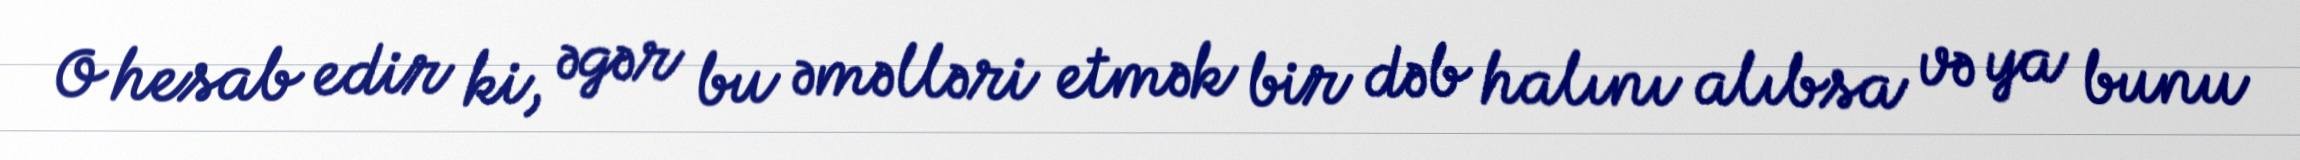
O hesab edir ki, əgər bu əməlləri etmək bir dəb halını alıbsa və ya bunu